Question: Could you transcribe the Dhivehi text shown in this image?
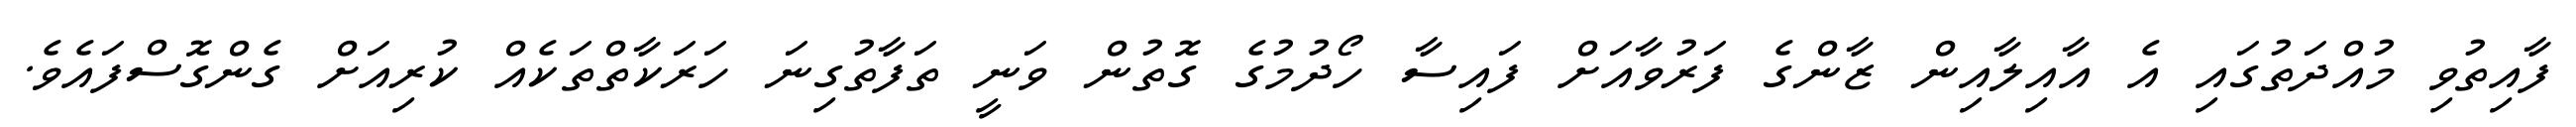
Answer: ފާއިތުވި މުއްދަތުގައި އެ އާއިލާއިން ޒާންގެ ފަރުވާއަށް ފައިސާ ހޯދުމުގެ ގޮތުން ވަނީ ތަފާތުގިނަ ހަރަކާތްތަކެއް ކުރިއަށް ގެންގޮސްފައެވެ.